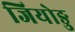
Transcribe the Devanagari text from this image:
जियोङु